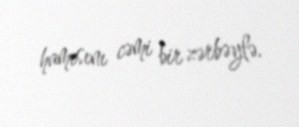
hamısını cəmi bir zərbəylə.